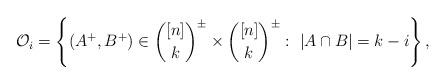
LaTeX: \begin{align*}\mathcal{O}_i = \left\{ (A^+,B^+) \in \binom{[n]}{k}^\pm \times \binom{[n]}{k}^\pm :\ |A\cap B| = k-i \right\},\end{align*}